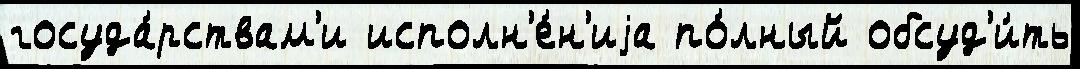
госуда́рствам'и исполн'е́н'иjа по́лный обсуд'и́ть